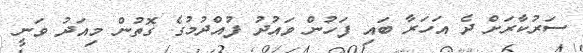
ސަރުކާރަށް ދެ އަހަރާ ބައި ފަހުން ވައުދު ފުއްދުމުގެ ގޮތުން މިއަދު ވަނީ